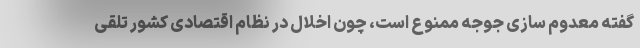
گفته معدوم سازی جوجه ممنوع است، چون اخلال در نظام اقتصادی کشور تلقی